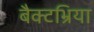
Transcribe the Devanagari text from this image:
बैक्टभ्रिया